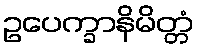
ဥပေက္ခာနိမိတ္တံ